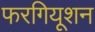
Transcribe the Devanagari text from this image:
फरगियूशन